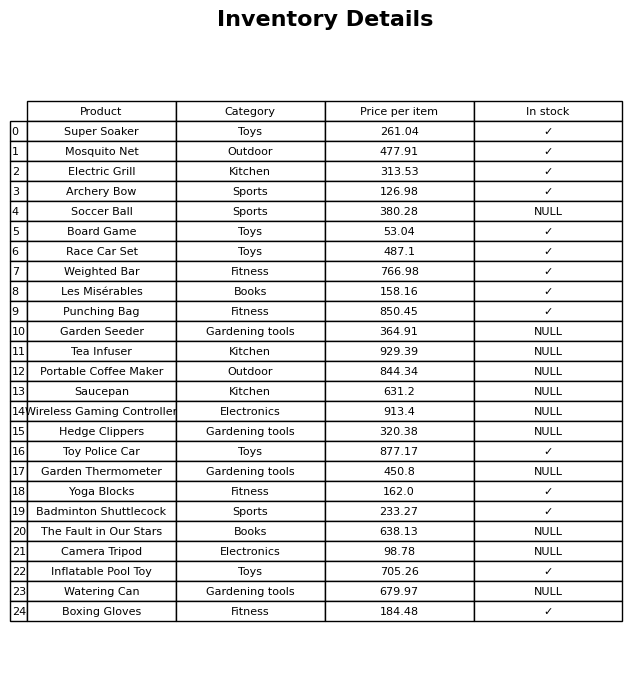
question: What is the price of the Weighted Bar?
answer: The price of Weighted Bar is 766.98.